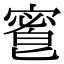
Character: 𡪆